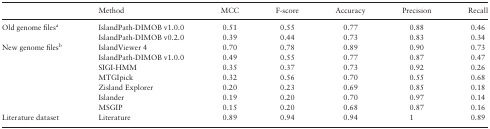
<table><thead><tr><td></td><td><b>Method</b></td><td><b>MCC</b></td><td><b>F-score</b></td><td><b>Accuracy</b></td><td><b>Precision</b></td><td><b>Recall</b></td></tr></thead><tbody><tr><td rowspan="2">Old genome files<sup>a</sup></td><td>IslandPath-DIMOB v1.0.0</td><td>0.51</td><td>0.55</td><td>0.77</td><td>0.88</td><td>0.46</td></tr><tr><td>IslandPath-DIMOB v0.2.0</td><td>0.39</td><td>0.44</td><td>0.73</td><td>0.83</td><td>0.34</td></tr><tr><td rowspan="7">New genome files<sup>b</sup></td><td>IslandViewer 4</td><td>0.70</td><td>0.78</td><td>0.89</td><td>0.90</td><td>0.73</td></tr><tr><td>IslandPath-DIMOB v1.0.0</td><td>0.49</td><td>0.55</td><td>0.77</td><td>0.87</td><td>0.47</td></tr><tr><td>SIGI-HMM</td><td>0.35</td><td>0.37</td><td>0.73</td><td>0.92</td><td>0.26</td></tr><tr><td>MTGIpick</td><td>0.32</td><td>0.56</td><td>0.70</td><td>0.55</td><td>0.68</td></tr><tr><td>Zisland Explorer</td><td>0.20</td><td>0.23</td><td>0.69</td><td>0.85</td><td>0.18</td></tr><tr><td>Islander</td><td>0.19</td><td>0.20</td><td>0.70</td><td>0.97</td><td>0.14</td></tr><tr><td>MSGIP</td><td>0.15</td><td>0.20</td><td>0.68</td><td>0.87</td><td>0.16</td></tr><tr><td>Literature dataset</td><td>Literature</td><td>0.89</td><td>0.94</td><td>0.94</td><td>1</td><td>0.89</td></tr></tbody></table>